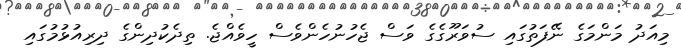
މިއަދު މަންމަގެ ނޭފަތުގައި ސުވަރޫގެގެ ވަސް ޖެހުނުހެންވެސް ހީވެއްޖެ. ތިދެކުދިންގެ ދިރިއުޅުމުގައި